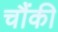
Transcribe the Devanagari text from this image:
चौंकी